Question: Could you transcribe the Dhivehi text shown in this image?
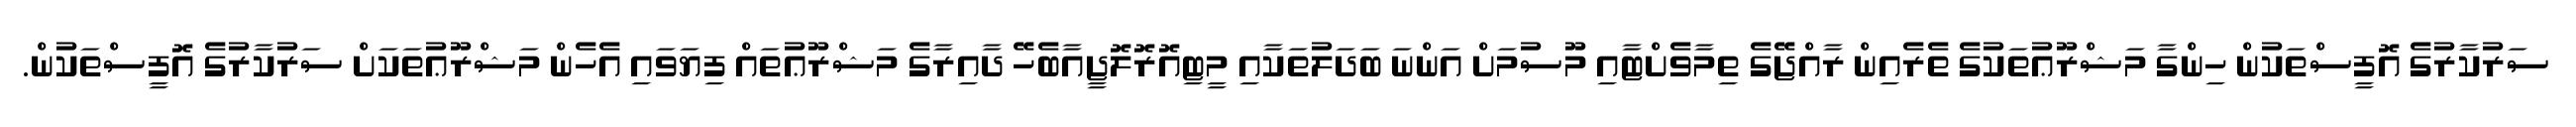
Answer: ސަރުކާރުގެ އޮފީސްތަކުން ހިންގާ މަޝްރޫޢުތަކުގެ ތެރެއިން ރާއްޖޭގެ ތިމާވެށްޓާއި މޫސުމަށް އަންނަ ބަދަލުތަކާއި މީޓިއޮރޮލޮޖީއާބެހޭ ދާއިރާގެ މަޝްރޫޢުތައް ފިޔަވައި އެހެން މަޝްރޫޢުތަކަށް ސަރުކާރުގެ އޮފީސްތަކުން.